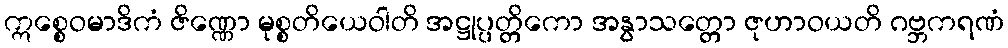
ဣစ္စေဝမာဒိကံ ဇိဏ္ဏော မုစ္စတိယေဝါတိ အဋ္ဌုပ္ပတ္တိကော အနွာသတ္တော ဇုဟာဝယတိ ဂဗ္ဘကရဏံ